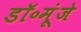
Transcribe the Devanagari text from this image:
डॉ॰मूंजे